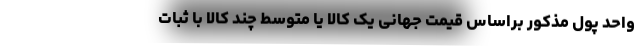
واحد پول مذکور براساس قیمت جهانی یک کالا یا متوسط چند کالا با ثبات